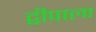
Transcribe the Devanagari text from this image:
द्वीपाला